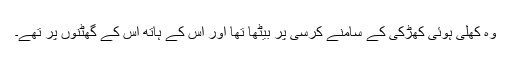
وہ کھلی ہوئی کھڑکی کے سامنے کرسی پر بیٹھا تھا اور اس کے ہاتھ اس کے گھٹنوں پر تھے۔